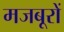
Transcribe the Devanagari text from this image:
मजबूरों